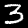
Label: 3